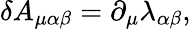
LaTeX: \delta A_{\mu\alpha\beta}=\partial_{\mu}\lambda_{\alpha\beta},